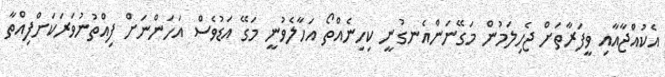
އެކުއްޖާއާއި ވީފަރާތަށް ޖެހިލަމުން މަގޭނަންއެނގުނީ ކިހިނެއްތޯ އަހާލެވުނީ މަގޭ އަޑުވެސް އަހަންނަށް ފިއްތުނުވަރަކަށްފިއްތާ